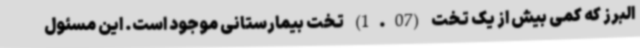
البرز که کمی بیش از یک تخت (1.07) تخت بیمارستانی موجود است. این مسئول